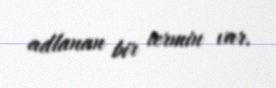
adlanan bir termin var.